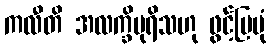
ကလီတိ အလက္ခိပုရိသဟု ဖွင့်ပြပုံ